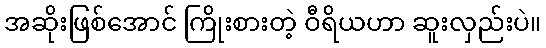
အဆိုးဖြစ်အောင် ကြိုးစားတဲ့ ဝီရိယဟာ ဆူးလှည်းပဲ။